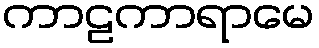
ကာဠကာရာမေ